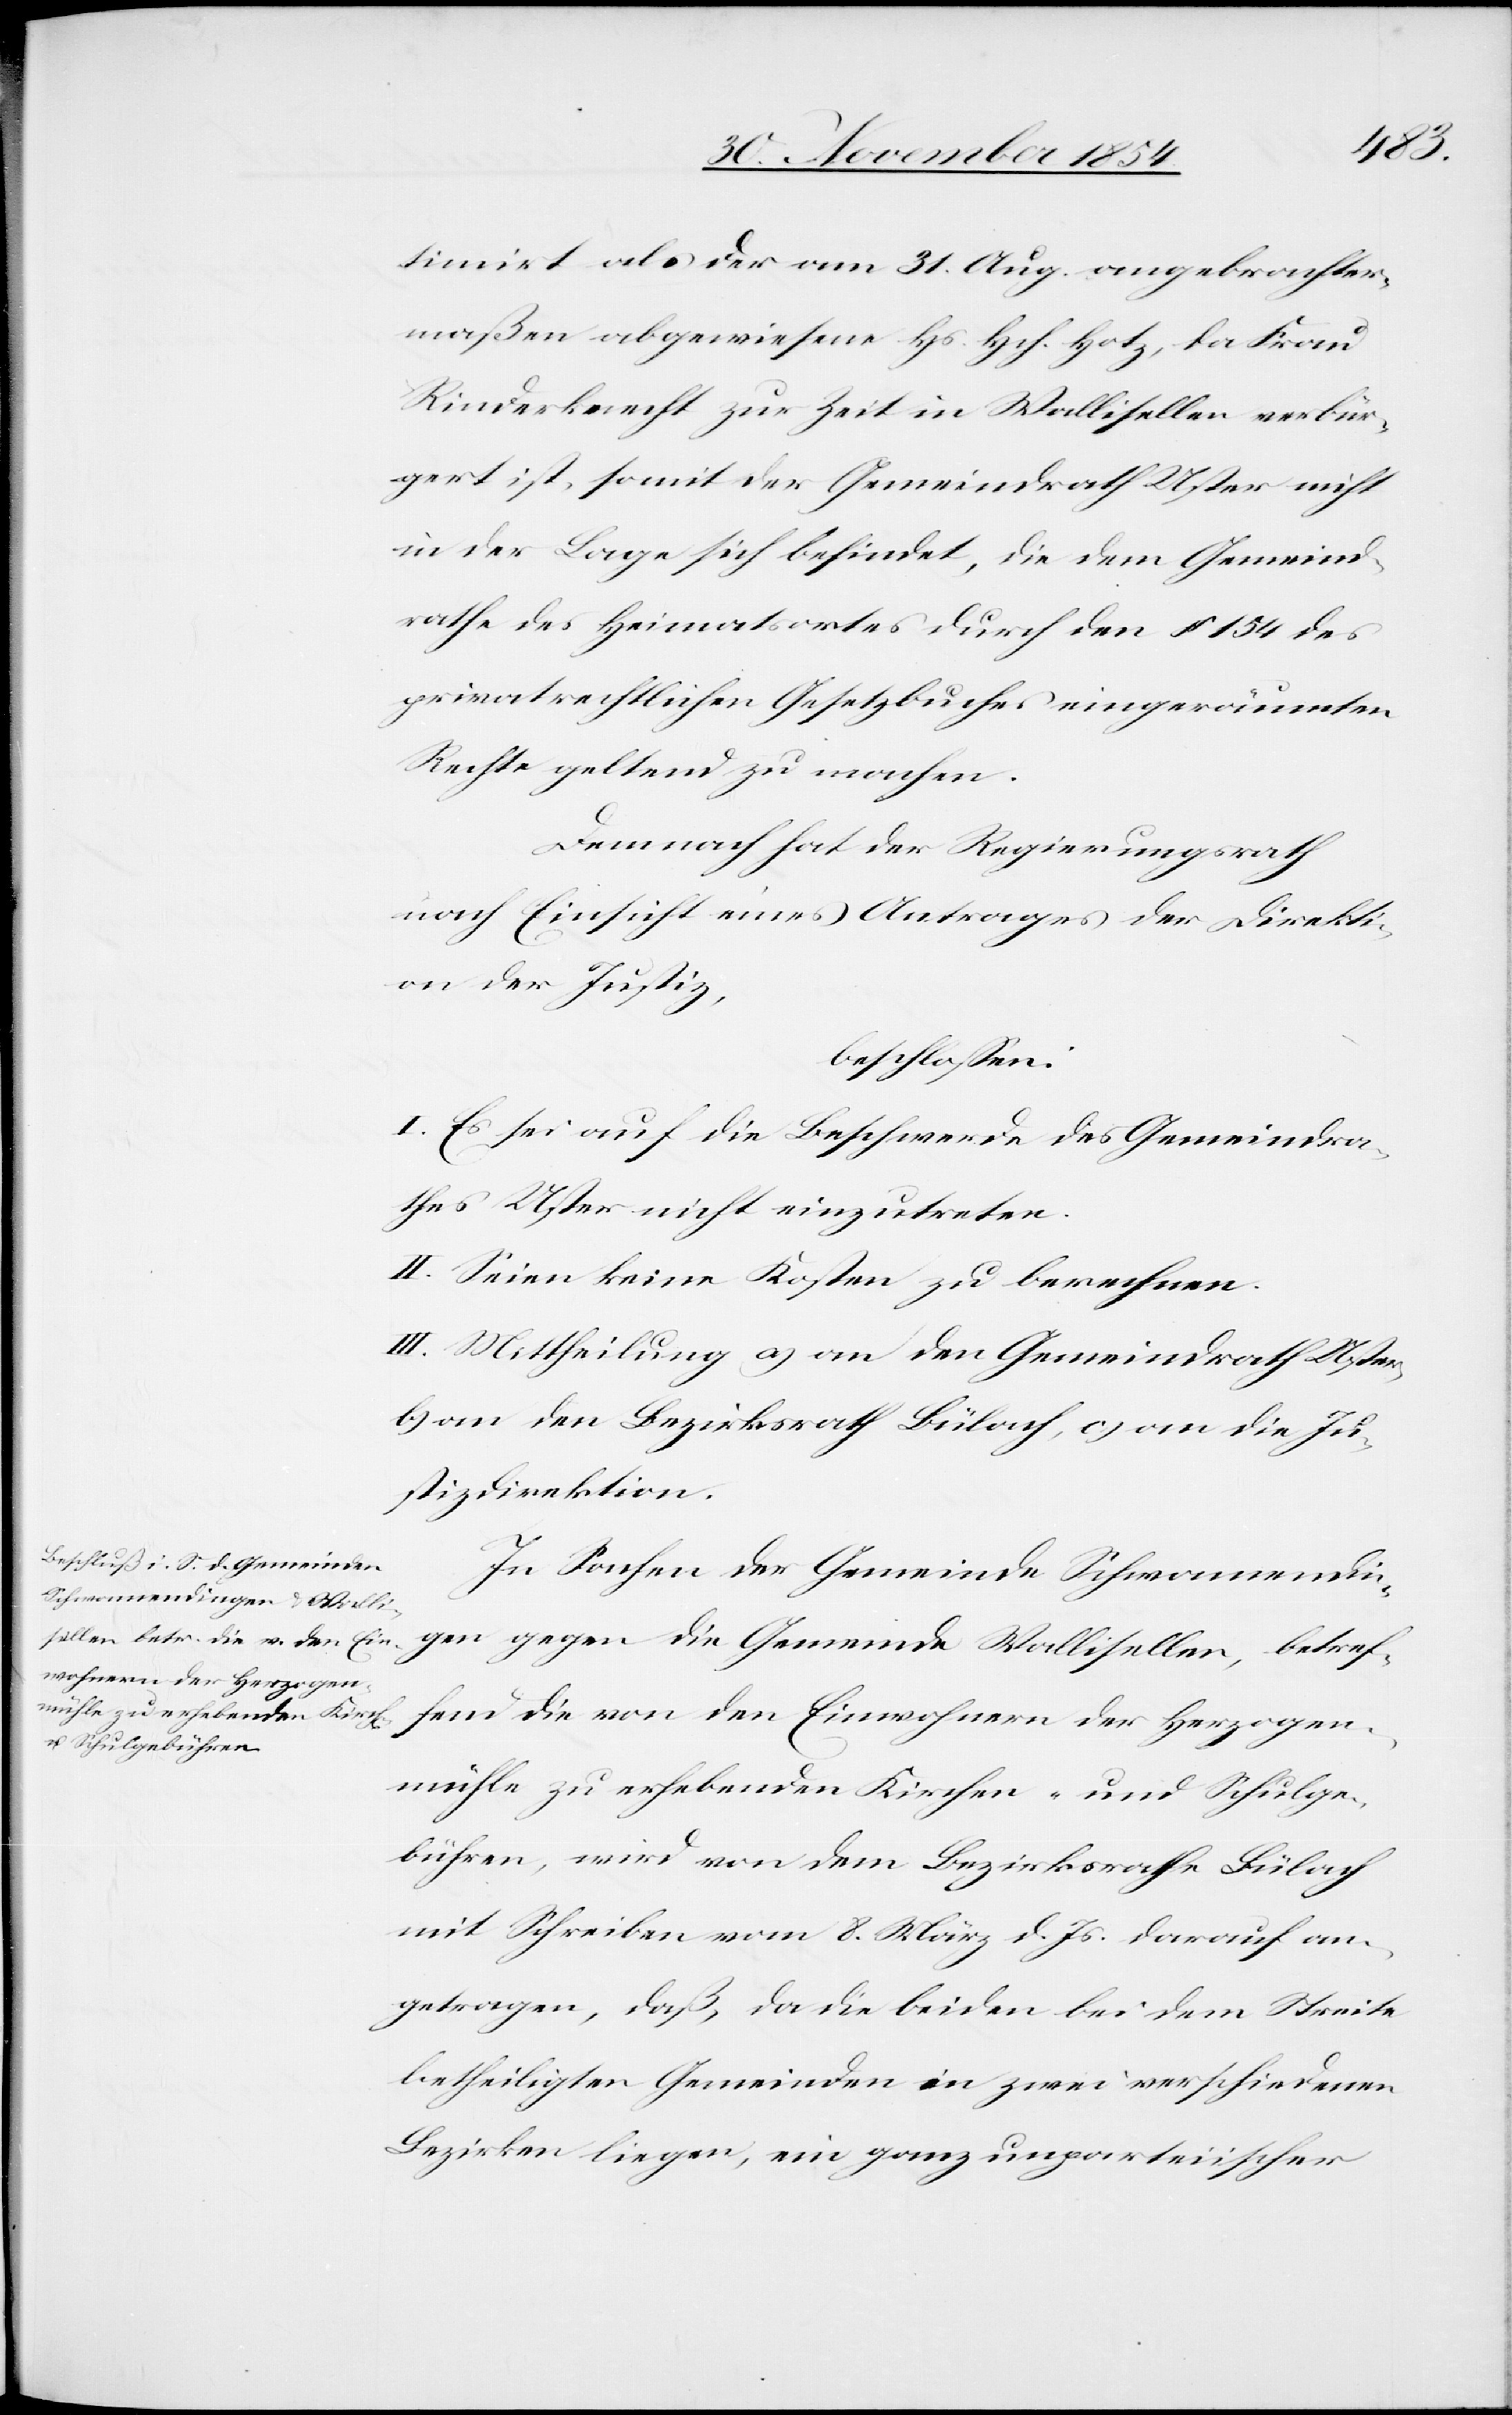
timirt als der am 31. Aug. angebrachter¬
maßen abgewiesene Hs. Hch. Hotz, da Frau
Rinderknecht zur Zeit in Wallisellen verbür¬
gert ist, somit der Gemeindrath Uster nicht
in der Lage sich befindet, die dem Gemeind¬
rathe des Heimatsortes durch den § 154 des
privatrechtlichen Gesetzbuches eingeräumten
Rechte geltend zu machen.
Demnach hat der Regierungsrath
nach Einsicht eines Antrages der Direkti¬
on der Justiz,
beschloßen:
I. Es sei auf die Beschwerde des Gemeindra¬
thes Uster nicht einzutreten.
II. Seien keine Kosten zu berechnen.
III. Mittheilung a) an den Gemeindrath Uster,
b) an den Bezirksrath Bülach, c) an die Ju¬
stizdirektion.
In Sachen der Gemeinde Schwamendin¬
gen gegen die Gemeinde Wallisellen, betref¬
fend die von den Einwohnern der Herzogen¬
mühle zu erhebenden Kirchen- und Schulge¬
bühren, wird von dem Bezirksrathe Bülach
mit Schreiben vom 8. März d. Js. darauf an¬
getragen, daß, da die beiden bei dem Streite
betheiligten Gemeinden in zwei verschiedenen
Bezirken liegen, ein ganz unparteiischer